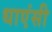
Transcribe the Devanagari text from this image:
धाएंसी